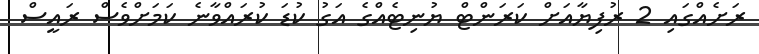
ރަށެއްގައި 2 ރުފިޔާއަށް ކަރަންޓް ޔުނިޓެއްގެ އަގު ކުޑަ ކުރައްވާނެ ކަމަށްވެސް ރައީސް